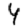
Digit: 4